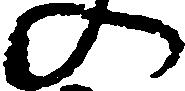
の